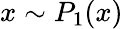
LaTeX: x\sim P_{1}(x)